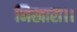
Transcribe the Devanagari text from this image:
निखारा।।